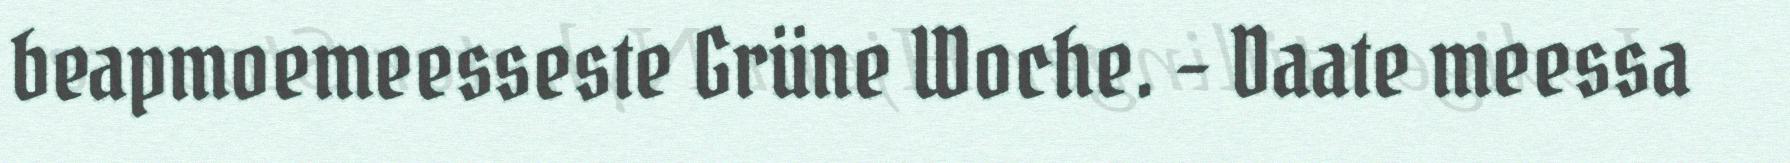
beapmoemeesseste Grüne Woche. – Daate meessa